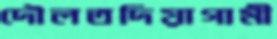
দৌলতদিয়াগামী